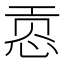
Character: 𰑟